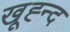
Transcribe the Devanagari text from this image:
खूह्न्द